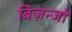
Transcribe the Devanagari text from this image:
बिज़न्जो